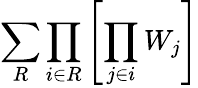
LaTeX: \sum_{R}\prod_{i\in R}\left[\prod_{j\in i}W_{j}\right]